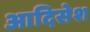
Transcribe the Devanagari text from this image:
आदिसेश